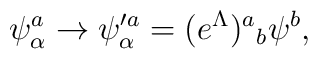
\psi^{a}_{\alpha}\rightarrow \psi'^{a}_{\alpha}=(e^{\Lambda}){}^{a}{}_{b}\psi^{b},